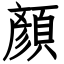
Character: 顏